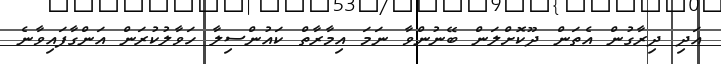
އަދި ދިރާގުން އެތަން ދޫކޮށްލަން ބޭނުންވާ ނަމަ އިމާރާތް ކައުންސިލާ ހަވާލުކުރަން އަންގާފައިވާނެ